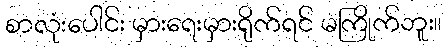
စာလုံးပေါင်း မှားရေးမှားရိုက်ရင် မကြိုက်ဘူး။